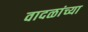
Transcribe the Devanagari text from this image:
वादळांच्या